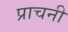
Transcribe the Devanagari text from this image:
प्राचनी